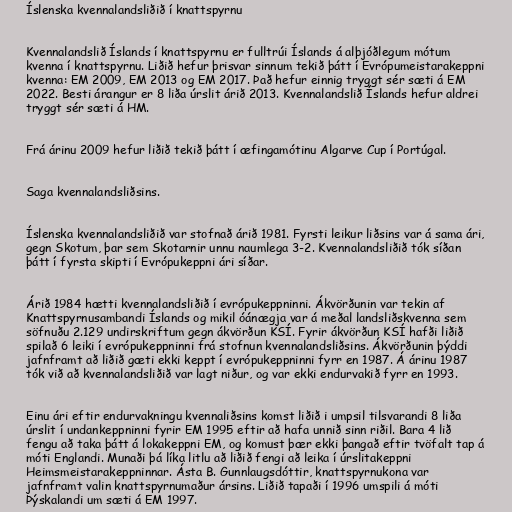
Íslenska kvennalandsliðið í knattspyrnu

Kvennalandslið Íslands í knattspyrnu er fulltrúi Íslands á alþjóðlegum mótum
kvenna í knattspyrnu. Liðið hefur þrisvar sinnum tekið þátt í Evrópumeistarakeppni
kvenna: EM 2009, EM 2013 og EM 2017. Það hefur einnig tryggt sér sæti á EM
2022. Besti árangur er 8 liða úrslit árið 2013. Kvennalandslið Íslands hefur aldrei
tryggt sér sæti á HM.

Frá árinu 2009 hefur liðið tekið þátt í æfingamótinu Algarve Cup í Portúgal.

Saga kvennalandsliðsins.

Íslenska kvennalandsliðið var stofnað árið 1981. Fyrsti leikur liðsins var á sama ári,
gegn Skotum, þar sem Skotarnir unnu naumlega 3-2. Kvennalandsliðið tók síðan
þátt í fyrsta skipti í Evrópukeppni ári síðar.

Árið 1984 hætti kvennalandsliðið í evrópukeppninni. Ákvörðunin var tekin af
Knattspyrnusambandi Íslands og mikil óánægja var á meðal landsliðskvenna sem
söfnuðu 2.129 undirskriftum gegn ákvörðun KSÍ. Fyrir ákvörðun KSÍ hafði liðið
spilað 6 leiki í evrópukeppninni frá stofnun kvennalandsliðsins. Ákvörðunin þýddi
jafnframt að liðið gæti ekki keppt í evrópukeppninni fyrr en 1987. Á árinu 1987
tók við að kvennalandsliðið var lagt niður, og var ekki endurvakið fyrr en 1993.

Einu ári eftir endurvakningu kvennaliðsins komst liðið i umpsil tilsvarandi 8 liða
úrslit í undankeppninni fyrir EM 1995 eftir að hafa unnið sinn riðil. Bara 4 lið
fengu að taka þátt á lokakeppni EM, og komust þær ekki þangað eftir tvöfalt tap á
móti Englandi. Munaði þá líka litlu að liðið fengi að leika í úrslitakeppni
Heimsmeistarakeppninnar. Ásta B. Gunnlaugsdóttir, knattspyrnukona var
jafnframt valin knattspyrnumaður ársins. Liðið tapaði í 1996 umspili á móti
Þýskalandi um sæti á EM 1997.